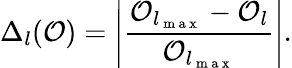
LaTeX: \Delta_{l}(\mathcal{O})=\left|\frac{\mathcal{O}_{l_{\mathrm{~m~a~x~}}}-\mathcal{O}_{l}}{\mathcal{O}_{l_{\mathrm{~m~a~x~}}}}\right|.